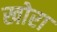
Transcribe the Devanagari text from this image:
खोरा